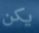
يكن